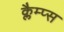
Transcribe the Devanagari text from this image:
क्लैम्प्स